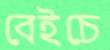
বেইচে